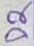
Text: D2